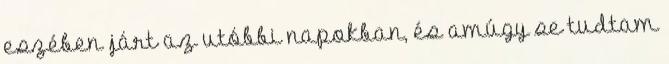
eszében járt az utóbbi napokban, és amúgy se tudtam